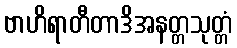
ဗာဟိရာတီတာဒိအနတ္တသုတ္တံ